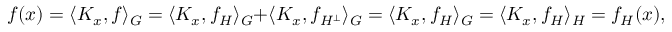
f ( x ) = \langle K _ { x } , f \rangle _ { G } = \langle K _ { x } , f _ { H } \rangle _ { G } + \langle K _ { x } , f _ { H ^ { \bot } } \rangle _ { G } = \langle K _ { x } , f _ { H } \rangle _ { G } = \langle K _ { x } , f _ { H } \rangle _ { H } = f _ { H } ( x ) ,